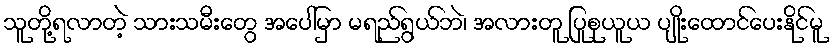
သူတို့ရလာတဲ့ သားသမီးတွေ အပေါ်မှာ မရည်ရွယ်ဘဲ၊ အလားတူ ပြုစုယူယ ပျိုးထောင်ပေးနိုင်မူ